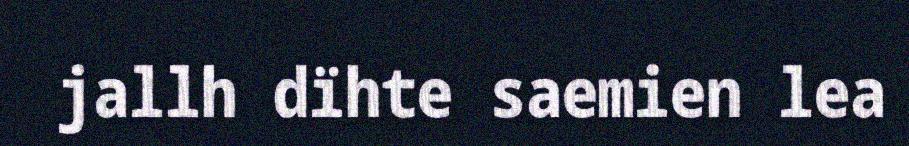
jallh dïhte saemien lea